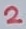
Text: 2